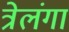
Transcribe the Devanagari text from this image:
त्रेलंगा